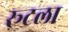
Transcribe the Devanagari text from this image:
रूटला